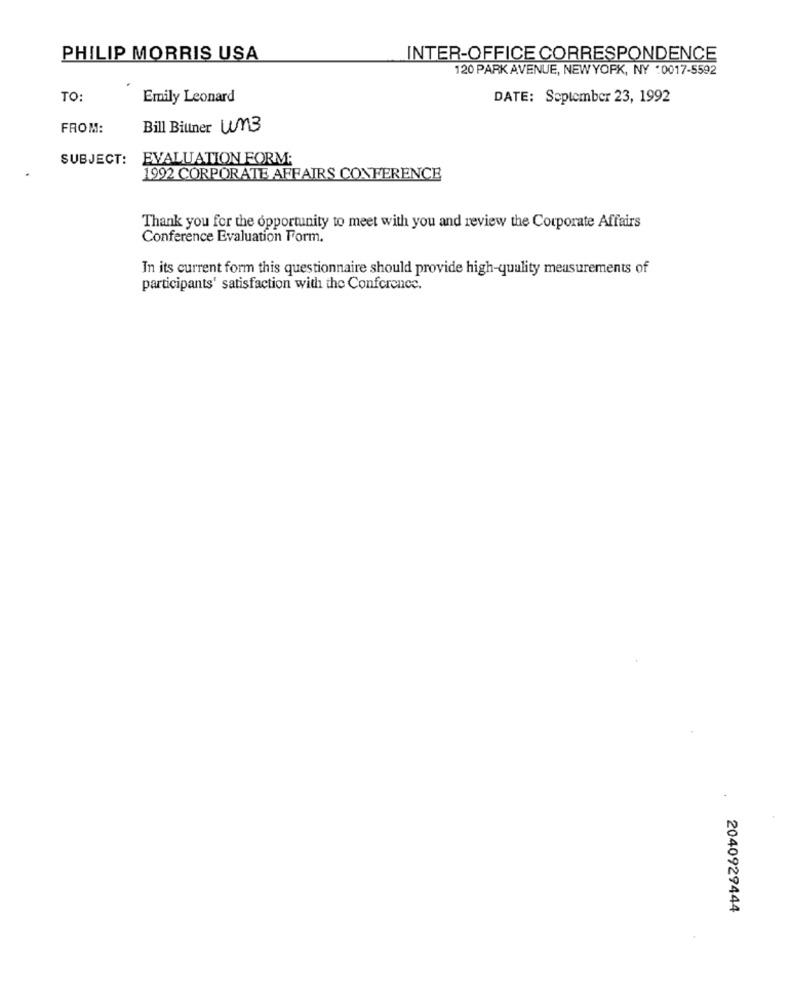
PHILIP MORRIS USA
INTER-OFFICE CORRESPONDENCE
120 PARK AVENUE, NEW YORK, NY :0017-5592
TO:
Emily Leonard
DATE: September 23, 1992
FROM:
Bill Bitner un3
SUBJECT:
EVALUATION FORM;
1992 CORPORATE AFFAIRS CONFERENCE
Thank you for the opportunity to meet with you and review the Corporate Affairs
Conference Evaluation Form.
In its current form this questionnaire should provide high-quality measurements of
participants' satisfaction with the Conference.
2040929444